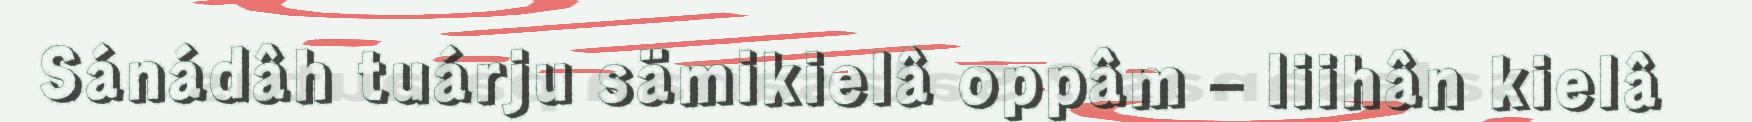
Sánádâh tuárju sämikielâ oppâm – liihân kielâ